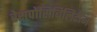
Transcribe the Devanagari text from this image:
रेसपोंसिबिलिटीज